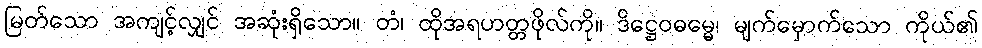
မြတ်သော အကျင့်လျှင် အဆုံးရှိသော။ တံ၊ ထိုအရဟတ္တဖိုလ်ကို။ ဒိဋ္ဌေဝဓမ္မေ၊ မျက်မှောက်သော ကိုယ်၏